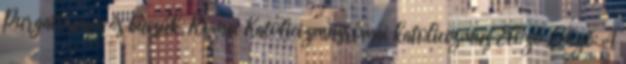
Purgatórium és búcsúk, Római Katolicizmusrómai katolicizmus Előző Előző: A